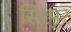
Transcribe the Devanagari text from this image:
सिरमुर